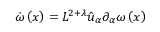
\dot { \omega } \left( x \right) = L ^ { 2 + \lambda } \hat { u } _ { \alpha } \partial _ { \alpha } \omega \left( x \right)